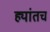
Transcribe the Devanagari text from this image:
ह्यांतच